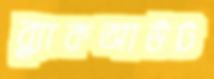
ব্ল্যাকআউট